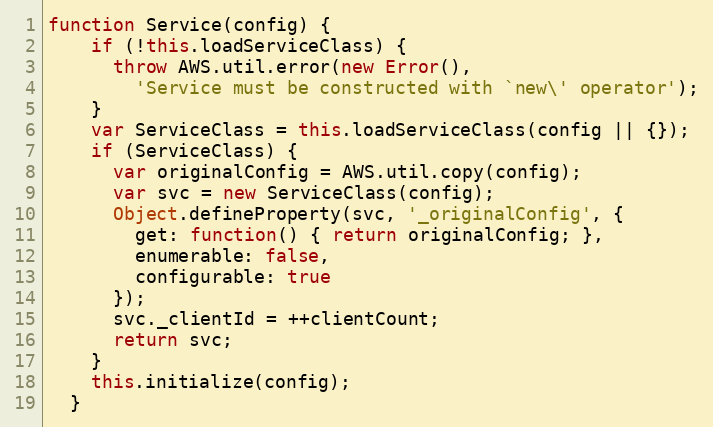
Language: JavaScript
function Service(config) {
    if (!this.loadServiceClass) {
      throw AWS.util.error(new Error(),
        'Service must be constructed with `new\' operator');
    }
    var ServiceClass = this.loadServiceClass(config || {});
    if (ServiceClass) {
      var originalConfig = AWS.util.copy(config);
      var svc = new ServiceClass(config);
      Object.defineProperty(svc, '_originalConfig', {
        get: function() { return originalConfig; },
        enumerable: false,
        configurable: true
      });
      svc._clientId = ++clientCount;
      return svc;
    }
    this.initialize(config);
  }